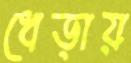
ধেড়ায়